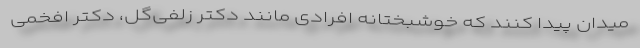
میدان پیدا کنند که خوشبختانه افرادی مانند دکتر زلفی‌گل، دکتر افخمی